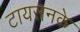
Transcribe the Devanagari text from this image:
टायसनके